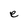
Character: e